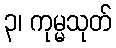
၃၊ ကုမ္မသုတ်